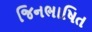
જિનભાષિત